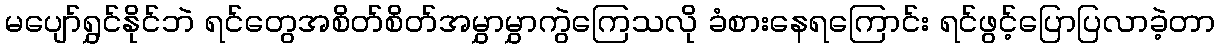
မပျော်ရွှင်နိုင်ဘဲ ရင်တွေအစိတ်စိတ်အမွှာမွှာကွဲကြေသလို ခံစားနေရကြောင်း ရင်ဖွင့်ပြောပြလာခဲ့တာ